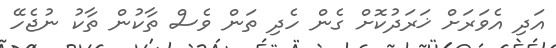
އަދި އެވަރަށް ޚަރަަދުކޮށް ގެން ހެދި ތަން ވެސް ތާކުން ތާކު ނުޖެހޭ